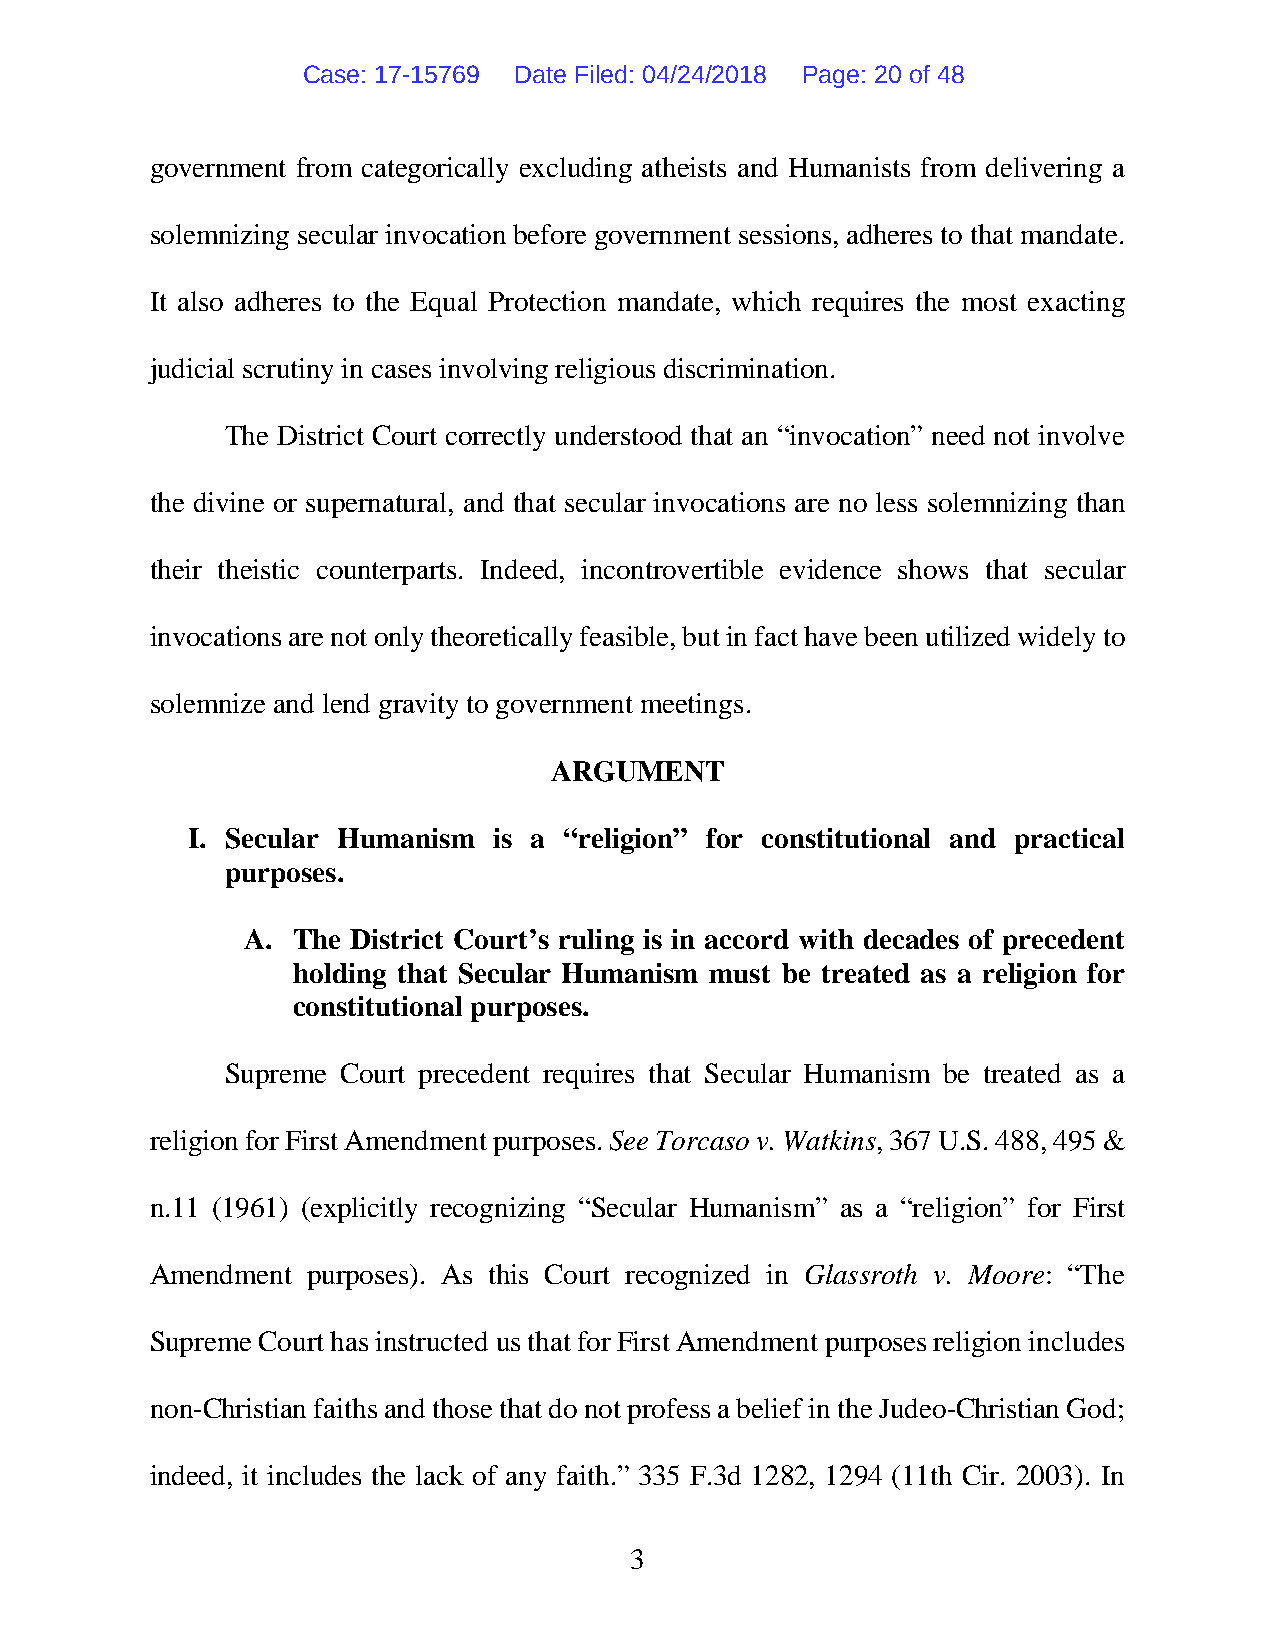
Case: 17-15769 Date Filed: 04/24/2018 Page: 20 of 48
 government from categorically excluding atheists and Humanists from delivering a
 solemnizing secular invocation before government sessions, adheres to that mandate.
 It also adheres to the Equal Protection mandate, which requires the most exacting
 judicial scrutiny in cases involving religious discrimination.
 The District Court correctly understood that an “invocation” need not involve
 the divine or supernatural, and that secular invocations are no less solemnizing than
 their theistic counterparts. Indeed, incontrovertible evidence shows that secular
 invocations are not only theoretically feasible, but in fact have been utilized widely to
 solemnize and lend gravity to government meetings.
 ARGUMENT
 I. Secular Humanism  is a “religion” for constitutional and practical
 purposes.
 A. The District Court’s ruling is in accord with decades of precedent
 holding that Secular Humanism must be treated as a religion for
 constitutional purposes.
 Supreme Court precedent requires that Secular Humanism be treated as a
 religion for First Amendment purposes. See Torcaso v. Watkins, 367 U.S. 488, 495 &
 n.11 (1961) (explicitly recognizing “Secular Humanism” as a “religion” for First
 Amendment purposes). As this Court recognized in Glassroth v. Moore: “The
 Supreme Court has instructed us that for First Amendment purposes religion includes
 non-Christian faiths and those that do not profess a belief in the Judeo-Christian God;
 indeed, it includes the lack of any faith.” 335 F.3d 1282, 1294 (11th Cir. 2003). In
 3